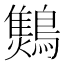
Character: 𪆅